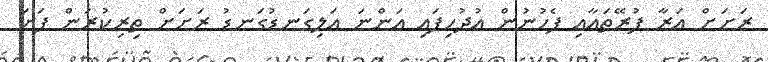
ރަށަށް އަރާ ފުރޭތައާއި ފެހުނުން އުދުހިފައި އަންނަ އަލިގަނޑުގަނޑު ރަށަށް ތިރިކުރަން ފަށަ